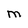
Character: M